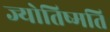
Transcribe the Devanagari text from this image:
ज्योतिष्मति